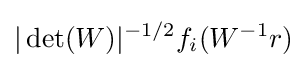
|\det(W)|^{-1/2}f_{i}(W^{-1}r)